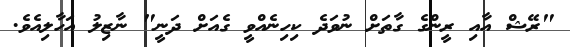
"ރޭޝް އާއި ރީންގެ ގާތަށް ނުވަދެ ކިހިނެއްވީ ގެއަށް ދަނީ" ނާޒިލު އަހާލިއެވެ.